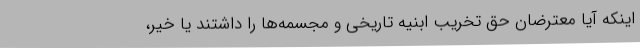
اینکه آیا معترضان حق تخریب ابنیه تاریخی و مجسمه‌ها را داشتند یا خیر،